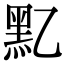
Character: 𪐘